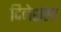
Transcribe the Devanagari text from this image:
दिनेशला